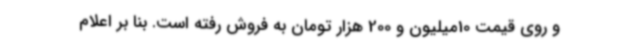
و روی قیمت 10میلیون و 200 هزار تومان به فروش رفته است. بنا بر اعلام